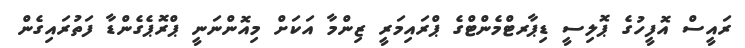
ރައީސް އޮފީހުގެ ޕޮލިސީ ޑިޕާރޓްމެންޓްގެ ޕްރައިމަރީ ޒިންމާ އަކަށް މިއޮންނަނީ ޕްރޮޕެގެންޑާ ފަތުރައިގެން